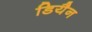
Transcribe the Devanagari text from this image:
डियैन